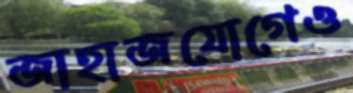
জাহাজযোগেও